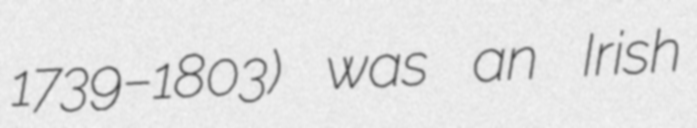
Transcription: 1739–1803) was an Irish